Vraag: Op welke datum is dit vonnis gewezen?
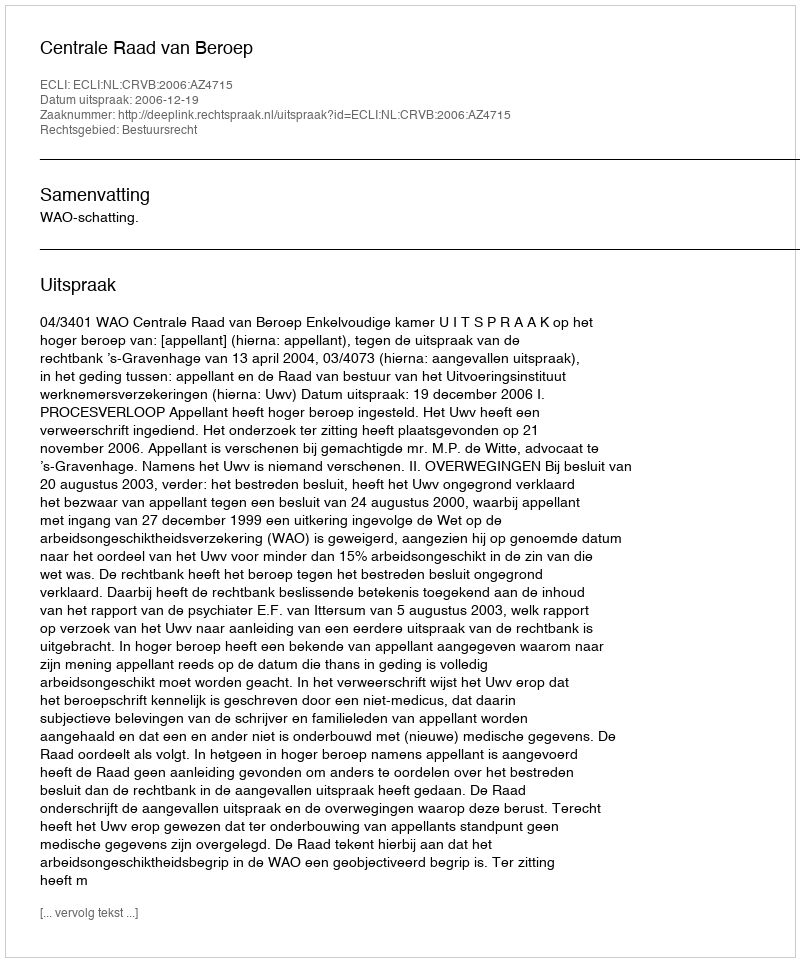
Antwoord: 2006-12-19